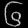
Digit: ၆